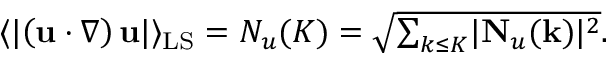
\begin{array} { r } { \langle \lvert \left( \mathbf { u } \cdot \boldsymbol { \nabla } \right) \mathbf { u } \rvert \rangle _ { \mathrm { L S } } = N _ { u } ( K ) = \sqrt { \sum _ { k \leq { K } } \lvert { \bf N } _ { u } ( \mathbf { k } ) \rvert ^ { 2 } } . } \end{array}